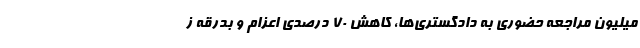
میلیون مراجعه حضوری به دادگستری‌ها، کاهش 70 درصدی اعزام و بدرقه ز